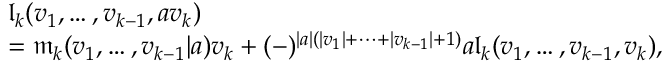
\begin{array} { r l } & { \mathfrak l _ { k } ( v _ { 1 } , \ldots , v _ { k - 1 } , a v _ { k } ) } \\ & { = \mathfrak m _ { k } ( v _ { 1 } , \ldots , v _ { k - 1 } | a ) v _ { k } + ( - ) ^ { | a | \left( | v _ { 1 } | + \cdots + | v _ { k - 1 } | + 1 \right) } a \mathfrak l _ { k } ( v _ { 1 } , \ldots , v _ { k - 1 } , v _ { k } ) , } \end{array}